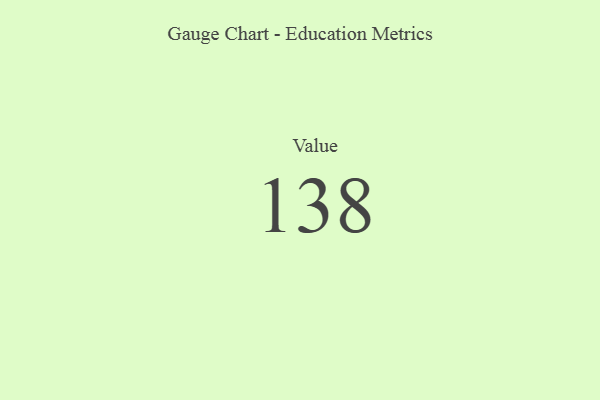
{"axis": {"x": "Metric", "y": "Value"}, "legend": [""], "data": [{"x": "Value", "y": 138, "type": ""}]}